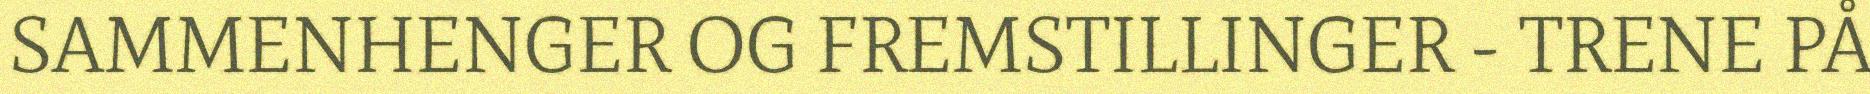
SAMMENHENGER OG FREMSTILLINGER - TRENE PÅ